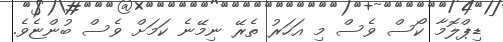
ޑިޕްލޮމާ ކޯސް ވެސް މި އަހަރު ތެރޭ ނިމޭނެ ކަމަށް ވެސް ބުންޏެވެ.